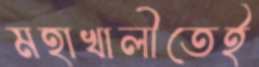
মহাখালীতেই